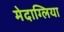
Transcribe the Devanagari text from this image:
मेदाग्लिया